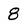
Character: 8